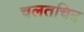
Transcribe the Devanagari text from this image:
चलतचित्र